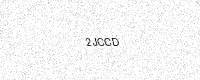
Text: 2JCCD